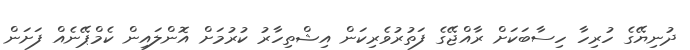
ދުނިޔޭގެ ހުރިހާ ހިސާބަކަށް ރާއްޖޭގެ ފަތުރުވެރިކަން އިޝްތިހާރު ކުރުމަށް އޮންލައިން ކެމްޕޭނެއް ފަށަން